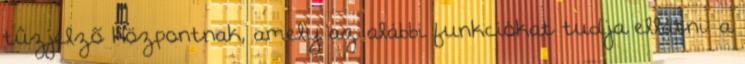
tûzjelzõ központnak, amely az alábbi funkciókat tudja ellátni: a